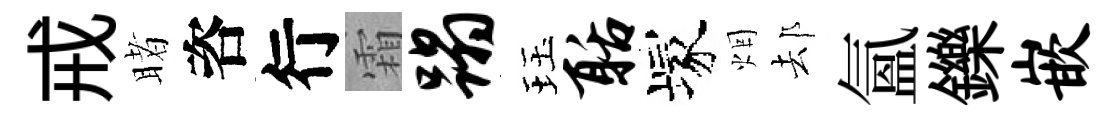
戒睹咨行霜蹋珏聒塚烟𨚫氳鑠嵌